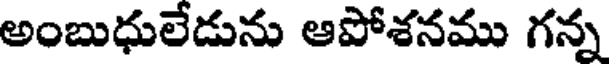
అంబుధులేడును ఆపోశనము గన్న